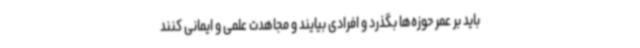
باید بر عمر حوزه‌ها بگذرد و افرادی بیایند و مجاهدت علمی و ایمانی کنند